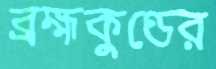
ব্রহ্মকুণ্ডের